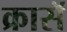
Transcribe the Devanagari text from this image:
क्रासॅ